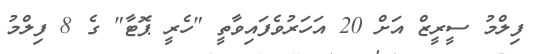
ފިލްމު ސީރީޒް އަށް 20 އަހަރުވެފައިވާތީ "ހެރީ ޕޮޓާ" ގެ 8 ފިލްމު